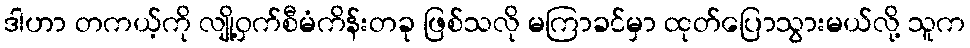
ဒါဟာ တကယ့်ကို လျို့ဝှက်စီမံကိန်းတခု ဖြစ်သလို မကြာခင်မှာ ထုတ်ပြောသွားမယ်လို့ သူက